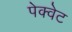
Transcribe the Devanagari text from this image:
पेक्वेट